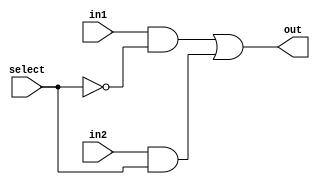
module Mux2To1(out, select, in1, in2);
  input in1, in2, select;
  output  out;
  wire  not_select, a1, a2;
  not g1(not_select, select);
  and g2(a1, in1, not_select);
  and g3(a2, in2, select);
  or  g4(out, a1, a2);
endmodule